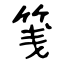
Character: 䇳